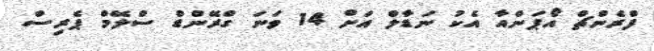
ފްރެންޗް އޯޕަންއާ އެކު ނަޑާލް އަށް 14 ވަނަ ގްރޭންޑް ސްލޭމް ޕެރިސް